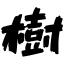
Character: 樹